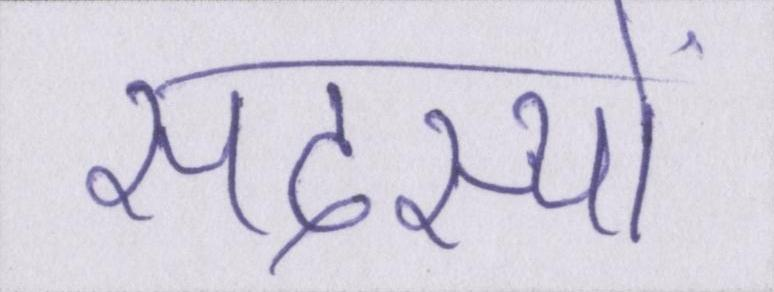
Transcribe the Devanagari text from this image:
सदस्यों